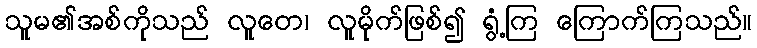
သူမ၏အစ်ကိုသည် လူတေ၊ လူမိုက်ဖြစ်၍ ရွံ့ကြ ကြောက်ကြသည်။